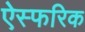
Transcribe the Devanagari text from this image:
ऐस्फरिक